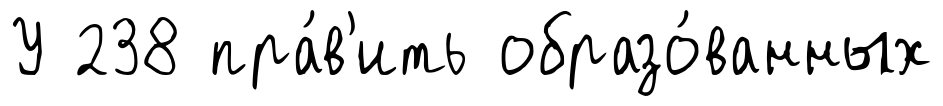
У 238 пра́в'ить образо́ванных